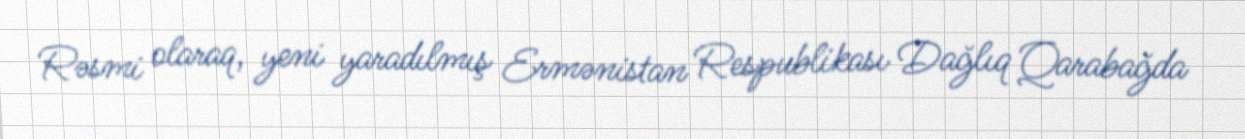
Rəsmi olaraq, yeni yaradılmış Ermənistan Respublikası Dağlıq Qarabağda